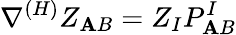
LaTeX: \nabla^{(H)}Z_{\mathbf{A}B}=Z_{I}P_{\mathbf{A}B}^{I}